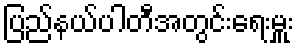
ပြည်နယ်ပါတီအတွင်းရေးမှူး